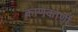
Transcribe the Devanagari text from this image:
काणकोणी